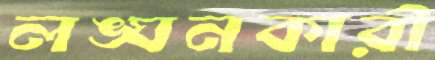
লঙ্ঘনকারী